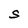
Character: S